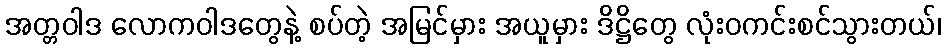
အတ္တဝါဒ လောကဝါဒတွေနဲ့ စပ်တဲ့ အမြင်မှား အယူမှား ဒိဋ္ဌိတွေ လုံးဝကင်းစင်သွားတယ်၊